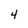
Character: 4